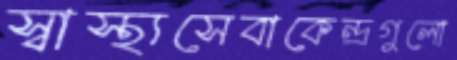
স্বাস্থ্যসেবাকেন্দ্রগুলো